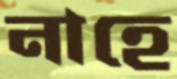
নাহে